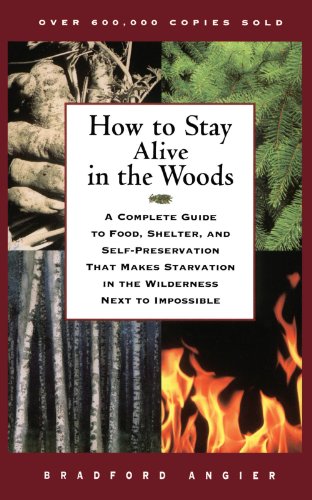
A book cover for How to Stay Alive in the Woods: A Complete Guide to Food, Shelter, and Self-Preservation That Makes Starvation in the Wilderness Next to Impossible; Bradford Angier; Sports & Outdoors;